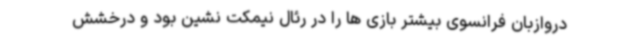
دروازبان فرانسوی بیشتر بازی ها را در رئال نیمکت نشین بود و درخشش